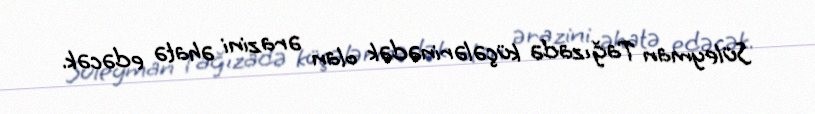
Süleyman Tağızadə küçələrinədək olan ərazini əhatə edəcək.